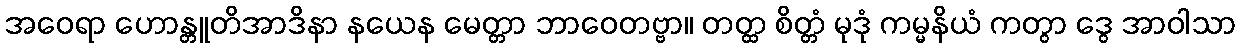
အဝေရာ ဟောန္တူတိအာဒိနာ နယေန မေတ္တာ ဘာဝေတဗ္ဗာ။ တတ္ထ စိတ္တံ မုဒုံ ကမ္မနိယံ ကတွာ ဒွေ အာဝါသာ